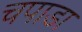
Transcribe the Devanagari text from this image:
चपाडा